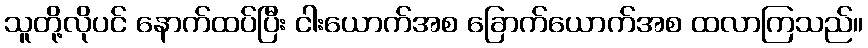
သူတို့လိုပင် နောက်ထပ်ပြီး ငါးယောက်အစ ခြောက်ယောက်အစ ထလာကြသည်။